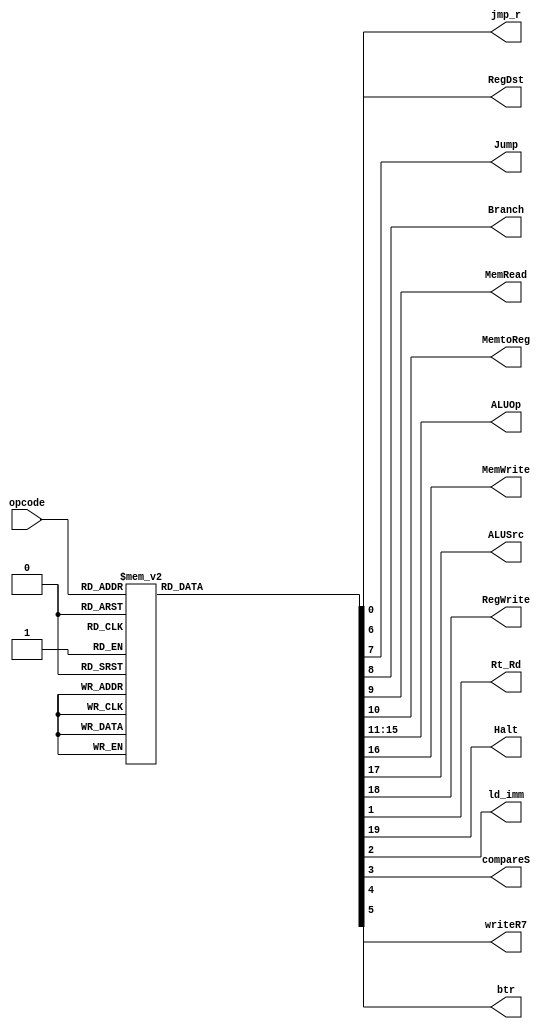
/* Author: Yunhe Liu & Wenxuan Mao
 * Team: MacroHard
 * This is the instruction decoder for our processor.
 */
module control(
	//outputs
	jmp_r,
	RegDst,
	Jump,
	Branch,
	MemRead,
	MemtoReg,
	ALUOp,
	MemWrite,
	ALUSrc,
	RegWrite,
	Rt_Rd,
	Halt,
	ld_imm,
	compareS,
	btr,
	writeR7,
	
	//input
	opcode
);

	output reg jmp_r;
	output reg RegDst;
	output reg Jump;
	output reg Branch;
	output reg MemRead;
        output reg MemtoReg;
	output reg[4:0] ALUOp;
	output reg MemWrite;
	output reg ALUSrc;
	output reg RegWrite;
	output reg Rt_Rd;
	output reg Halt;
	output reg ld_imm;
	output reg compareS;
	output reg btr;
        output reg writeR7;
	input [4:0] opcode;
	
	//TODO - question: assign here and update in case?
	//how to do case do nothing
	//multiple statement
	always @ *
	begin
		RegDst = 1'b0;
		Jump = 1'b0;
		Branch = 1'b0;
		MemRead = 1'b0;
		MemtoReg = 1'b0;
		ALUOp = 5'b00000;
		MemWrite = 1'b0;
		ALUSrc = 1'b0;
		RegWrite = 1'b0;
	        Rt_Rd = 1'b0;
	        Halt = 1'b0;
	        ld_imm = 1'b0;
		compareS = 1'b0;
		btr = 1'b0;
		writeR7 = 1'b0;
		jmp_r = 1'b0;

		case(opcode)
			5'b00000 : //TODO - HALT_1/38
			begin	
				RegDst = 1'b0;
				Jump = 1'b0;
				Branch = 1'b0;
				MemRead = 1'b0;
				MemtoReg = 1'b0;
				ALUOp = 5'b00000;
				MemWrite = 1'b0;
				ALUSrc = 1'b0;
				RegWrite = 1'b0;
				Halt = 1'b1;
			end

			5'b00001 : //TODO - NOP_2/38
			begin	
				RegDst = 1'b0;
				Jump = 1'b0;
				Branch = 1'b0;
				MemRead = 1'b0;
				MemtoReg = 1'b0;
				ALUOp = 5'b00000;
				MemWrite = 1'b0;
				ALUSrc = 1'b0;
				RegWrite = 1'b0;
			end
		
			5'b01000 : //ADDI_3/38
			begin	
				RegDst = 1'b1;
				Jump = 1'b0;
				Branch = 1'b0;
				MemRead = 1'b0;
				MemtoReg = 1'b0;
				ALUOp = 5'b01000;
				MemWrite = 1'b0;
				ALUSrc = 1'b0;
				RegWrite = 1'b1;
			end

			5'b01001 : //SUBI_4/38
			begin	
				RegDst = 1'b1;
				Jump = 1'b0;
				Branch = 1'b0;
				MemRead = 1'b0;
				MemtoReg = 1'b0;
				ALUOp = 5'b01001;
				MemWrite = 1'b0;
				ALUSrc = 1'b0;
				RegWrite = 1'b1;
			end
			
			5'b01010 : //XOR1_5/38
			begin	
				RegDst = 1'b1;
				Jump = 1'b0;
				Branch = 1'b0;
				MemRead = 1'b0;
				MemtoReg = 1'b0;
				ALUOp = 5'b01010;
				MemWrite = 1'b0;
				ALUSrc = 1'b0;
				RegWrite = 1'b1;
			end

			5'b01011 : //ANDNI_6/38
			begin	
				RegDst = 1'b1;
				Jump = 1'b0;
				Branch = 1'b0;
				MemRead = 1'b0;
				MemtoReg = 1'b0;
				ALUOp = 5'b01011;
				MemWrite = 1'b0;
				ALUSrc = 1'b0;
				RegWrite = 1'b1;
			end

			5'b10100 : //ROLI_7/38
			begin	
				RegDst = 1'b1;
				Jump = 1'b0;
				Branch = 1'b0;
				MemRead = 1'b0;
				MemtoReg = 1'b0;
				ALUOp = 5'b10100;
				MemWrite = 1'b0;
				ALUSrc = 1'b0;
				RegWrite = 1'b1;
			end

			5'b10101 : //SLLI_8/38
			begin	
				RegDst = 1'b1;
				Jump = 1'b0;
				Branch = 1'b0;
				MemRead = 1'b0;
				MemtoReg = 1'b0;
				ALUOp = 5'b10101;
				MemWrite = 1'b0;
				ALUSrc = 1'b0;
				RegWrite = 1'b1;
			end

			5'b10110 : //RORI_9/38
			begin	
				RegDst = 1'b1;
				Jump = 1'b0;
				Branch = 1'b0;
				MemRead = 1'b0;
				MemtoReg = 1'b0;
				ALUOp = 5'b10110;
				MemWrite = 1'b0;
				ALUSrc = 1'b0;
				RegWrite = 1'b1;
			end

			5'b10111 : //SRLI_10/38
			begin	
				RegDst = 1'b1;
				Jump = 1'b0;
				Branch = 1'b0;
				MemRead = 1'b0;
				MemtoReg = 1'b0;
				ALUOp = 5'b10111;
				MemWrite = 1'b0;
				ALUSrc = 1'b0;
				RegWrite = 1'b1;
			end

			5'b10000 : //ST_11/38
			begin	
				RegDst = 1'b0;
				Jump = 1'b0;
				Branch = 1'b0;
				MemRead = 1'b0;
				MemtoReg = 1'b0;
				ALUOp = 5'b10000;
				MemWrite = 1'b1;
				ALUSrc = 1'b0;
				RegWrite = 1'b0;
				Rt_Rd = 1'b1;
			end

			5'b10001 : //LD_12/38
			begin	
				RegDst = 1'b1;
				Jump = 1'b0;
				Branch = 1'b0;
				MemRead = 1'b1;
				MemtoReg = 1'b1;
				ALUOp = 5'b10001;
				MemWrite = 1'b0;
				ALUSrc = 1'b0;
				RegWrite = 1'b1;
				
			end

			5'b10011 : //STU_13/38
			begin	
				RegDst = 1'b0;
				Jump = 1'b0;
				Branch = 1'b0;
				MemRead = 1'b0;
				MemtoReg = 1'b0;
				ALUOp = 5'b10011;
				MemWrite = 1'b1;
				ALUSrc = 1'b0;
				RegWrite = 1'b1;
				Rt_Rd = 1'b1;
			end

			5'b11001 : //BTR_14/38 -TODO
			begin	
				RegDst = 1'b1;
				Jump = 1'b0;
				Branch = 1'b0;
				MemRead = 1'b0;
				MemtoReg = 1'b0;
				ALUOp = 5'b11001;
				MemWrite = 1'b0;
				ALUSrc = 1'b0;
				RegWrite = 1'b1;
				btr = 1'b1;	
			end

			5'b11011 : //ADD,SUB,XOR,ANDN_15-18/38
			begin	
				RegDst = 1'b1;
				Jump = 1'b0;
				Branch = 1'b0;
				MemRead = 1'b0;
				MemtoReg = 1'b0;
				ALUOp = 5'b11011;
				MemWrite = 1'b0;
				ALUSrc = 1'b1;
				RegWrite = 1'b1;
			end

			5'b11010 : //ROL,SLL,ROR,SRL_19-22/38
			begin	
				RegDst = 1'b1;
				Jump = 1'b0;
				Branch = 1'b0;
				MemRead = 1'b0;
				MemtoReg = 1'b0;
				ALUOp = 5'b11010;
				MemWrite = 1'b0;
				ALUSrc = 1'b1;
				RegWrite = 1'b1;
			end

			5'b11100 : //SEQ_23/38
			begin	
				RegDst = 1'b1;
				Jump = 1'b0;
				Branch = 1'b0;
				MemRead = 1'b0;
				MemtoReg = 1'b0;
				ALUOp = 5'b11100;
				MemWrite = 1'b0;
				ALUSrc = 1'b1;
				RegWrite = 1'b1;
				compareS = 1'b1;
			end

			5'b11101 : //SLT_24/38
			begin	
				RegDst = 1'b1;
				Jump = 1'b0;
				Branch = 1'b0;
				MemRead = 1'b0;
				MemtoReg = 1'b0;
				ALUOp = 5'b11101;
				MemWrite = 1'b0;
				ALUSrc = 1'b1;
				RegWrite = 1'b1;
				compareS = 1'b1;
			end

			5'b11110 : //SLE_25/38
			begin	
				RegDst = 1'b1;
				Jump = 1'b0;
				Branch = 1'b0;
				MemRead = 1'b0;
				MemtoReg = 1'b0;
				ALUOp = 5'b11110;
				MemWrite = 1'b0;
				ALUSrc = 1'b1;
				RegWrite = 1'b1;
				compareS = 1'b1;
			end

			5'b11111 : //SCO_26/38
			begin	
				RegDst = 1'b1;
				Jump = 1'b0;
				Branch = 1'b0;
				MemRead = 1'b0;
				MemtoReg = 1'b0;
				ALUOp = 5'b11111;
				MemWrite = 1'b0;
				ALUSrc = 1'b1;
				RegWrite = 1'b1;
				compareS = 1'b1;
			end

			5'b01100 : //BEQZ_27/38
			begin	
				RegDst = 1'b0;
				Jump = 1'b0;
				Branch = 1'b1;
				MemRead = 1'b0;
				MemtoReg = 1'b0;
				ALUOp = 5'b01100;
				MemWrite = 1'b0;
				ALUSrc = 1'b0;
				RegWrite = 1'b0;
			end

			5'b01101 : //BNEZ_28/38
			begin	
				RegDst = 1'b0;
				Jump = 1'b0;
				Branch = 1'b1;
				MemRead = 1'b0;
				MemtoReg = 1'b0;
				ALUOp = 5'b01101;
				MemWrite = 1'b0;
				ALUSrc = 1'b0;
				RegWrite = 1'b0;
			end

			5'b01110 : //BLTZ_29/38
			begin	
				RegDst = 1'b0;
				Jump = 1'b0;
				Branch = 1'b1;
				MemRead = 1'b0;
				MemtoReg = 1'b0;
				ALUOp = 5'b01110;
				MemWrite = 1'b0;
				ALUSrc = 1'b0;
				RegWrite = 1'b0;
			end

			5'b01111 : //BGEZ_30/38
			begin	
				RegDst = 1'b0;
				Jump = 1'b0;
				Branch = 1'b1;
				MemRead = 1'b0;
				MemtoReg = 1'b0;
				ALUOp = 5'b01111;
				MemWrite = 1'b0;
				ALUSrc = 1'b0;
				RegWrite = 1'b0;
			end

			5'b11000 : //LBI_31/38
			begin	
				RegDst = 1'b0;
				Jump = 1'b0;
				Branch = 1'b0;
				MemRead = 1'b0;
				MemtoReg = 1'b0;
				ALUOp = 5'b11000;
				MemWrite = 1'b0;
				ALUSrc = 1'b0;
				RegWrite = 1'b1;
				ld_imm = 1'b1;
			end

			5'b10010 : //SLBI_32/38
			begin	
				RegDst = 1'b0;
				Jump = 1'b0;
				Branch = 1'b0;
				MemRead = 1'b0;
				MemtoReg = 1'b0;
				ALUOp = 5'b10010;
				MemWrite = 1'b0;
				ALUSrc = 1'b0;
				RegWrite = 1'b1;
			end

			5'b00100 : //J_33/38
			begin	
				RegDst = 1'b0;
				Jump = 1'b1;
				Branch = 1'b0;
				MemRead = 1'b0;
				MemtoReg = 1'b0;
				ALUOp = 5'b00100;
				MemWrite = 1'b0;
				ALUSrc = 1'b0;
				RegWrite = 1'b0;
			end

			5'b00101 : //JR_34/38
			begin	
				RegDst = 1'b0;
				Jump = 1'b1;
				Branch = 1'b0;
				MemRead = 1'b0;
				MemtoReg = 1'b0;
				ALUOp = 5'b00101;
				MemWrite = 1'b0;
				ALUSrc = 1'b0;
				RegWrite = 1'b0;
				jmp_r = 1'b1;
			end

			5'b00110 : //JAL_35/38
			begin	
				RegDst = 1'b1;
				Jump = 1'b1;
				Branch = 1'b0;
				MemRead = 1'b0;
				MemtoReg = 1'b0;
				ALUOp = 5'b00110;
				MemWrite = 1'b0;
				ALUSrc = 1'b0;
				RegWrite = 1'b1;
				writeR7 = 1'b1;
			end

			5'b00111 : //JALR_36/38
			begin	
				RegDst = 1'b1;
				Jump = 1'b1;
				Branch = 1'b0;
				MemRead = 1'b0;
				MemtoReg = 1'b0;
				ALUOp = 5'b00111;
				MemWrite = 1'b0;
				ALUSrc = 1'b0;
				RegWrite = 1'b1;
				writeR7 = 1'b1;
				jmp_r = 1'b1;
			end

			5'b00010 : //TODO - siic Rs_37/38
			begin	
				RegDst = 1'b0;
				Jump = 1'b0;
				Branch = 1'b0;
				MemRead = 1'b0;
				MemtoReg = 1'b0;
				ALUOp = 5'b00000;
				MemWrite = 1'b0;
				ALUSrc = 1'b0;
				RegWrite = 1'b0;
			end

			5'b00011 : //TODO - NOP/RTI_38/38
			begin	
				RegDst = 1'b0;
				Jump = 1'b0;
				Branch = 1'b0;
				MemRead = 1'b0;
				MemtoReg = 1'b0;
				ALUOp = 5'b00000;
				MemWrite = 1'b0;
				ALUSrc = 1'b0;
				RegWrite = 1'b0;
			end
		
			default: //TODO
			begin	
				RegDst = 1'b0;
				Jump = 1'b0;
				Branch = 1'b0;
				MemRead = 1'b0;
				MemtoReg = 1'b0;
				ALUOp = 5'b00000;
				MemWrite = 1'b0;
				ALUSrc = 1'b0;
				RegWrite = 1'b0;
				jmp_r = 1'b0;
			end
	
		endcase
	end
	
endmodule